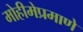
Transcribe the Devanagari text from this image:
मोहीमेप्रमाणे